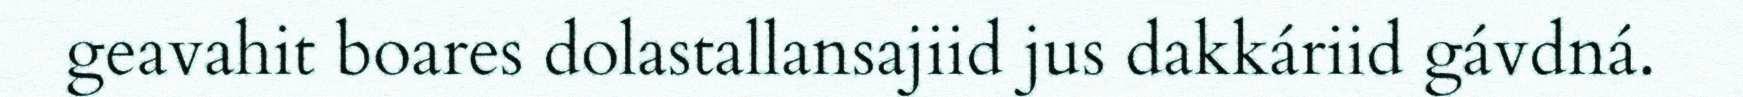
geavahit boares dolastallansajiid jus dakkáriid gávdná.